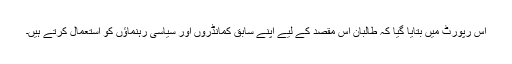
اس رپورٹ میں بتایا گیا کہ طالبان اس مقصد کے لیے اپنے سابق کمانڈروں اور سیاسی رہنماؤں کو استعمال کرتے ہیں۔